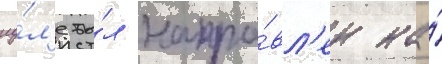
иу́л'е бы́л напра́вл'ен на́